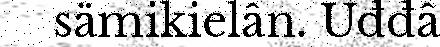
sämikielân. Uđđâ